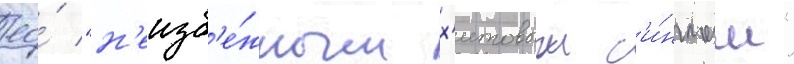
ео́ "н'еизб'е́жным х'итовым с'и́нглом"